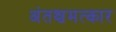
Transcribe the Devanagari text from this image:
अंतश्चमत्कार